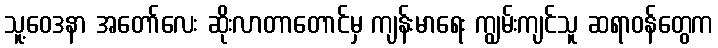
သူ့ဝေဒနာ အတော်လေး ဆိုးလာတာတောင်မှ ကျန်းမာရေး ကျွမ်းကျင်သူ ဆရာဝန်တွေက